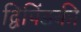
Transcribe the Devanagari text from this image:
द्विपिंडकी